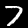
Label: 7